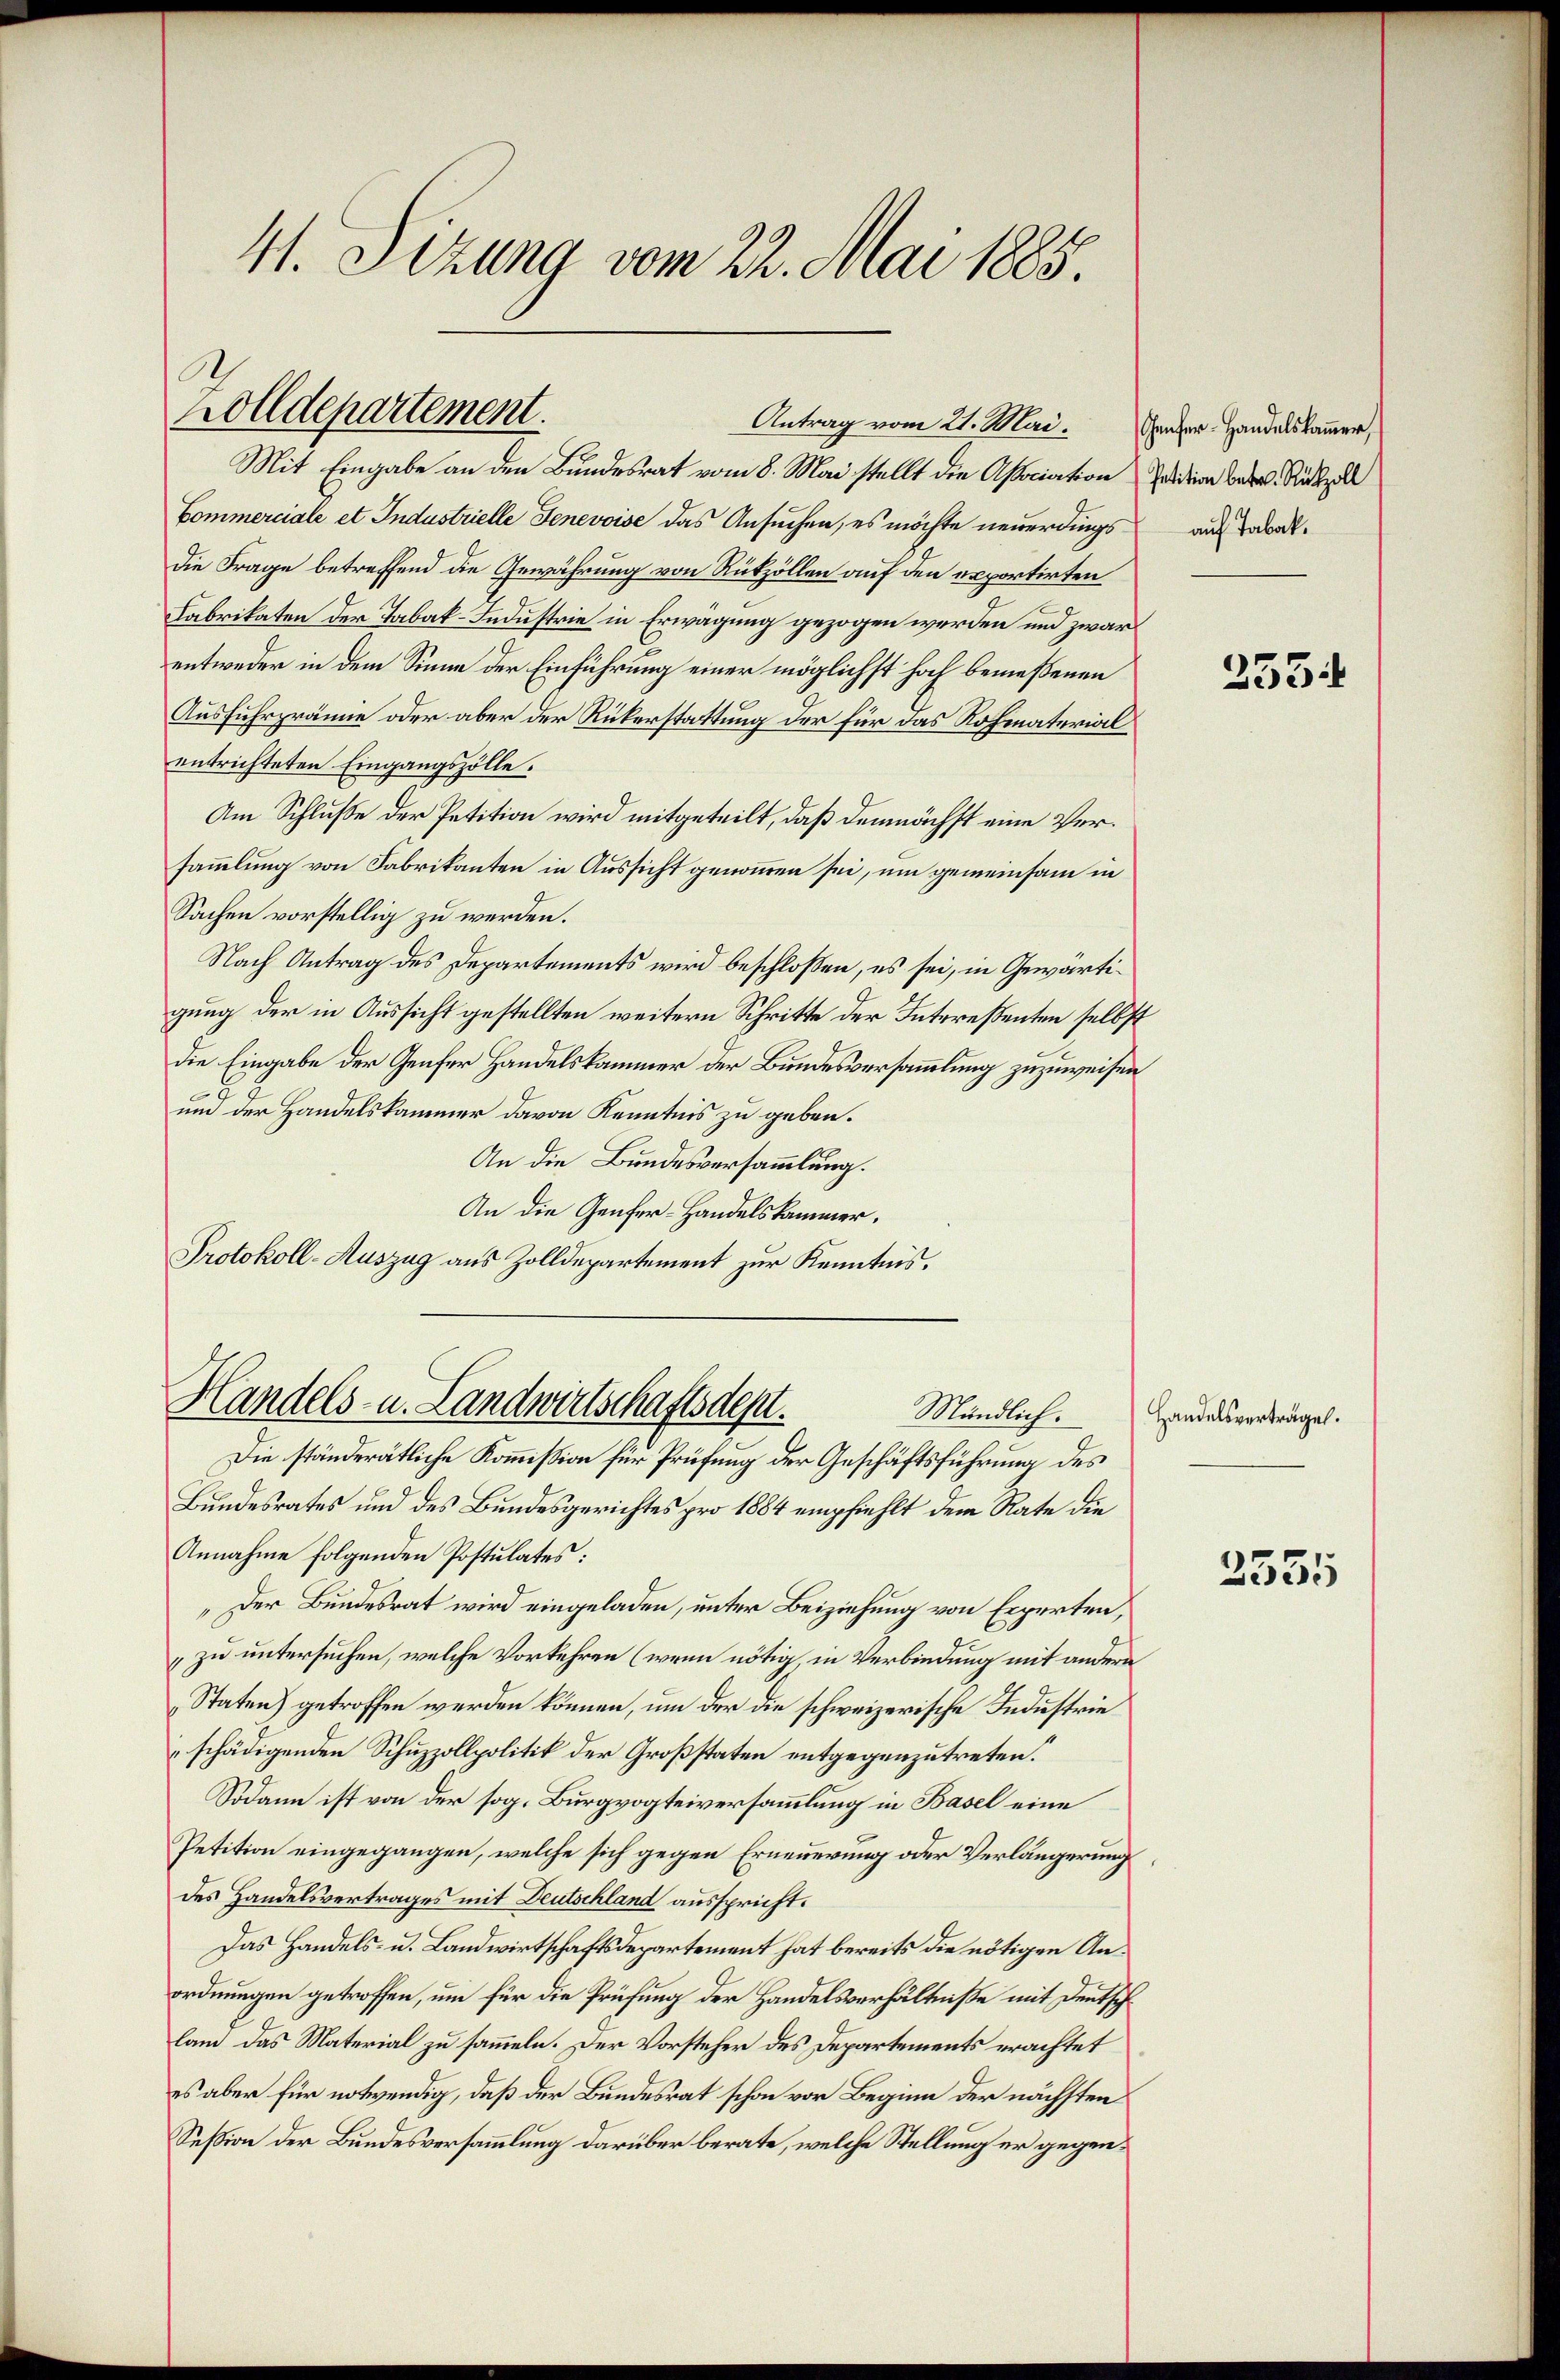
41. Sizung vom 22. Mai 1885.

Lolldepartement.
Antrag vom 21. Mai. Grazer Handelskammer,
Mit Eingabe an den Bundesrat vom 8. Mai stellt die Association die betr. Rückz

Commerciale et Industrielle Jenevoise das Ansuchen, es möchte neuerdings auf darat¬
Die Frage betreffend die Gewährung von Rükzollen auf den exportirten
Fabrikaten der Tabak-Industrie in Erwägung gezogen werden und zwar
entweder in dem Sinne der Einführung einer möglichst hoch bemeßenen
Ausfuhrprämie oder aber der Rükerstattung der für das Rohmaterial
entrichteten Eingangszolle.
Am Schluße der Petition wird mitgeteilt, daß demnächst eine Versammlung von Fabrikanten in Aussicht genommen sei, um gemeinsam in
Sachen vorstellig zu werden.
Nach Antrag des Departements wird beschlossen, es sei, in Gewärtigung der in Aussicht gestellten weitern Schritte der Intereßenten selbst
die Eingabe der Genfer Handelskammer der Bundesversammlung zuzuweisen
8
um der Handelskammer davon Kenntnis zu geben.
An die Bundesversammlung.
An die Genfer-Handelskammer.
Protokoll-Auszug aus Zolldepartement zur Kenntnis.

Handels- u. Landwirtschaftsdest.
Mändlich.
Die ständerätliche Kommißion für Prüfung der Geschäftsführung des

Bundesrates und des Bundesgerichtes pro 1884 empfiehlt dem Rate die
Annahme folgenden Postulates:
„Der Bundesrat wird eingeladen, unter Beiziehung von Experten,
 zu untersuchen, welche Vorkehren (wenn nötig, in Verbindung mit andern
Staten) getroffen werden können, um der die schweizerische Industrie
schädigenden Schuzzollpolitik der Großstaten entgegenzutreten.
Sodann ist von der sog. Burgvogteiversammlung in Basel eine
Petition eingegangen, welche sich gegen Erneuerung oder Verlängerung
des Handelsvertrages mit Deutschland ausspricht.
Das Handels- u. Landwirtschaftsdepartement hat bereits die nötigen Anordnungen getroffen, um für die Prüfung der Handelsverhältniße mit Deutsch
land das Material zu sammeln. Der Vorsteher des Departements erachtet
es aber für notwendig, daß der Bundesrat schon vor Beginn der nächsten
Seßion der Bundesversammlung darüber berate, welche Stellung er gegen¬

2534

Handelsverträge.

2535